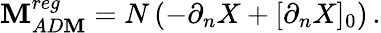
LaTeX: \mathbf{M}_{AD\mathbf{M}}^{reg}=N\left(-\partial_{n}X+[\partial_{n}X]_{0}\right)\, .